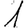
Digit: 1